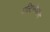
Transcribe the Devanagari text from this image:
मल्टिप्लेक्सेस